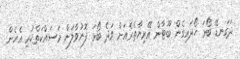
ދަގަނޑޭ ބޯޅަ ހޯދައިގެން ބޫޓާން އޭރިޔާތެރެއަށް ވަދެ ބޯޅަ ފޮނުވާލަން މަސައްކަތްކުރި އެހެން